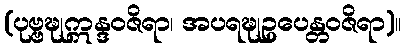
(ပုဗ္ဗဍ္ဎုဣန္ဒဝဇိရာ၊ အပရဍ္ဎုဥပေန္တဝဇိရာ)။